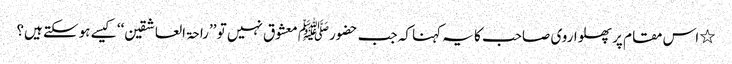
٭ اس مقام پر پھلواروی صاحب کا یہ کہنا کہ جب حضورﷺ معشوق نہیں تو ’’راحۃ العاشقین‘‘ کیسے ہوسکتے ہیں؟